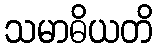
သမာဓိယတိ